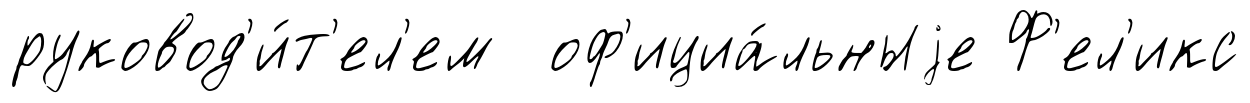
руковод'и́т'ел'ем оф'ициа́льныjе Ф'ел'икс